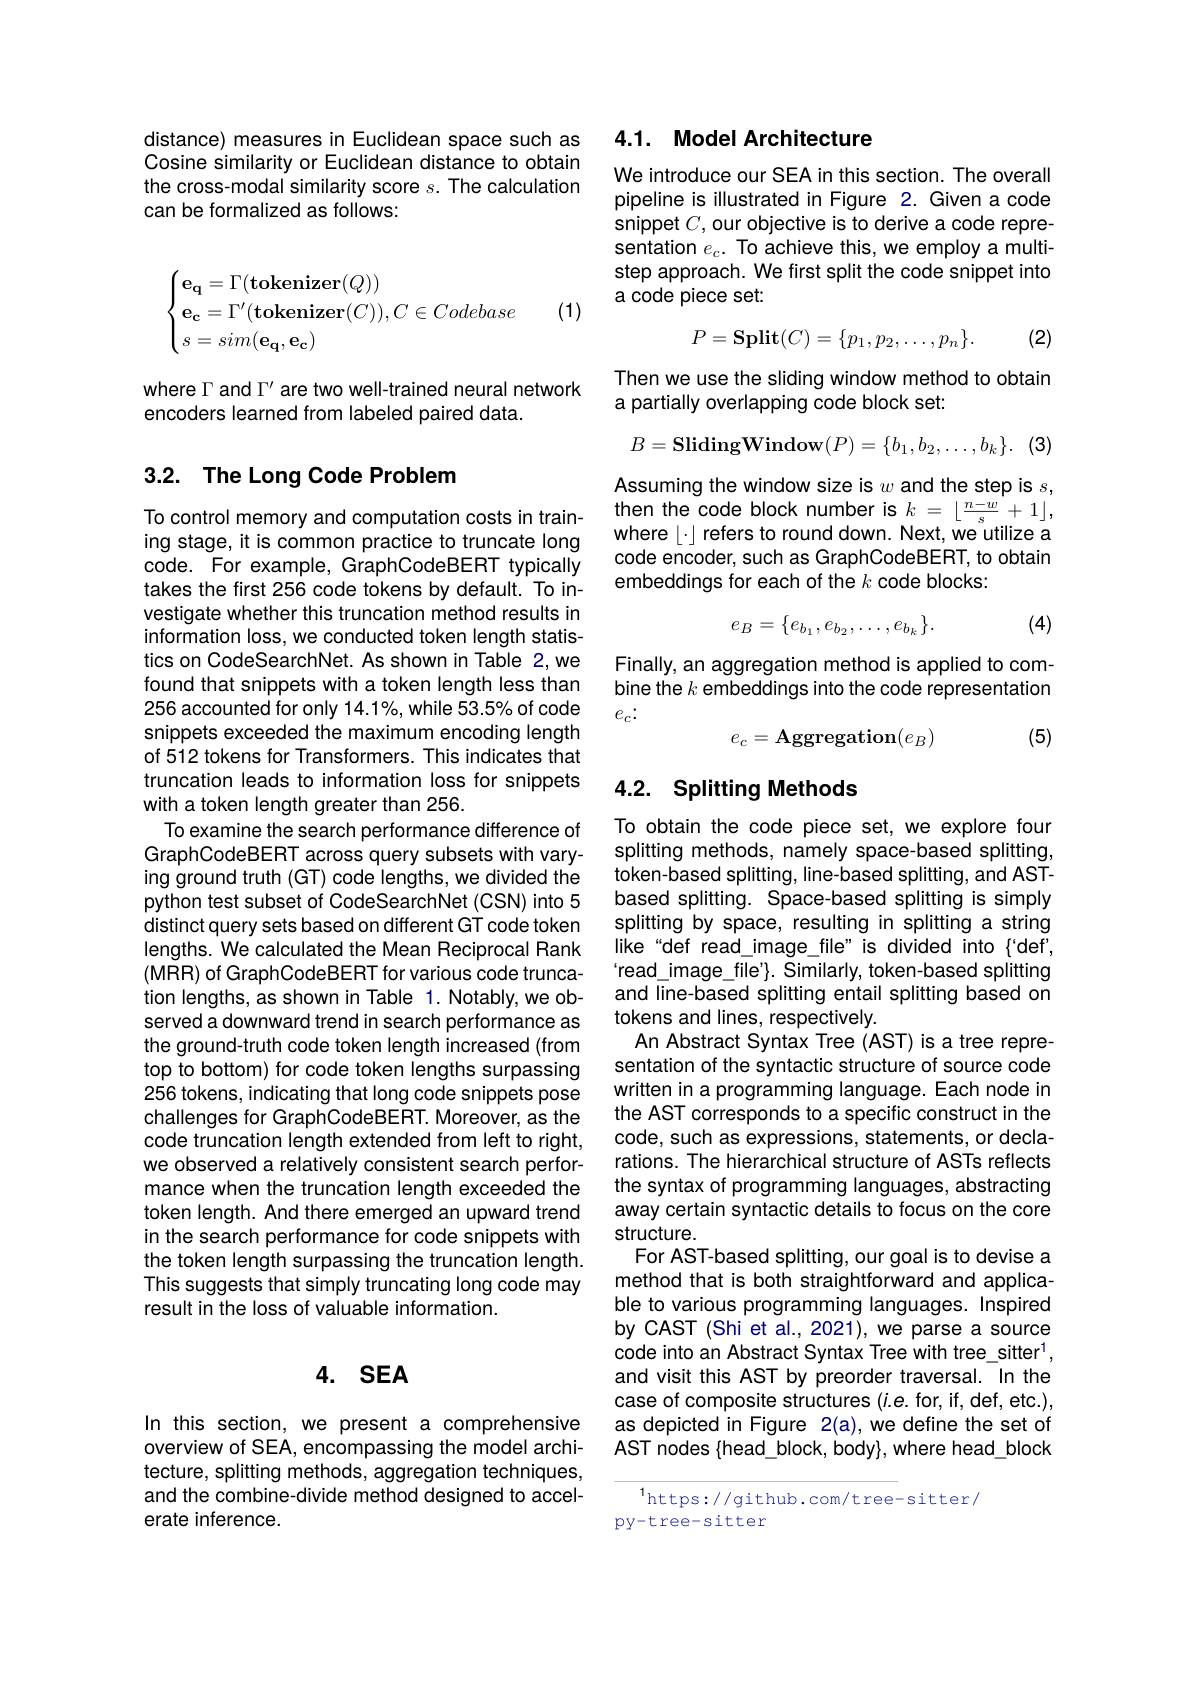
distance) measures in Euclidean space such as Cosine similarity or Euclidean distance to obtain the cross-modal similarity score $s.$ The calculation can be formalized as follows:
$$\begin{cases}\mathbf{e_q}=\Gamma(\mathbf{tokenizer}(Q))\\\mathbf{e_c}=\Gamma'(\mathbf{tokenizer}(C)),C\in Codebase\\s=sim(\mathbf{e_q},\mathbf{e_c})\end{cases}$$
(1)

where $\Gamma$ and $\Gamma^\prime$ are two well-trained neural network
encoders learned from labeled paired data.

# 3.2. The Long Code Problem

To control memory and computation costs in training stage, it is common practice to truncate long code. For example, GraphCodeBERT typically takes the first 256 code tokens by default. To investigate whether this truncation method results in information loss, we conducted token length statistics on CodeSearchNet. As shown in Table 2,we found that snippets with a token length less than 256 accounted for only 14.1%, while 53.5% of code snippets exceeded the maximum encoding length of 512 tokens for Transformers. This indicates that truncation leads to information loss for snippets with a token length greater than 256.
To examine the search performance difference of GraphCodeBERT across query subsets with varying ground truth (GT) code lengths, we divided the python test subset of CodeSearchNet (CSN) into 5 distinct query sets based on different GT code token lengths. We calculated the Mean Reciprocal Rank (MRR) of GraphCodeBERT for various code truncation lengths, as shown in Table 1. Notably, we observed a downward trend in search performance as the ground-truth code token length increased (from top to bottom) for code token lengths surpassing 256 tokens, indicating that long code snippets pose challenges for GraphCodeBERT. Moreover, as the code truncation length extended from left to right, we observed a relatively consistent search performance when the truncation length exceeded the token length. And there emerged an upward trend in the search performance for code snippets with the token length surpassing the truncation length. This suggests that simply truncating long code may result in the loss of valuable information.

### 4. $SEA$

In this section, we present a comprehensive overview of SEA, encompassing the model architecture, splitting methods, aggregation techniques, and the combine-divide method designed to accelerate inference.

## 4.1. Model Architecture

We introduce our SEA in this section. The overall pipeline is illustrated in Figure 2. Given a code snippet $C$, our objective is to derive a code representation $e_c.$ To achieve this, we employ a multistep approach. We first split the code snippet into a code piece set:
$$P=\mathbf{Split}(C)=\{p_1,p_2,\dots,p_n\}.$$
(2)

Then we use the sliding window method to obtain
a partially overlapping code block set:
$$B=\textbf{SlidingWindow}(P)=\{b_1,b_2,\dots,b_k\}.$$
(3)

Assuming the window size is $w$ and the step is $s$, then the code block number is $k=\lfloor\frac{n-w}{s}+1\rfloor$, where $\lfloor\cdot\rfloor$ refers to round down. Next, we utilize a code encoder, such as GraphCodeBERT, to obtain embeddings for each of the $k$ code blocks:

(4)
$$e_B=\{e_{b_1},e_{b_2},\dots,e_{b_k}\}.$$
Finally, an aggregation method is applied to combine the $k$ embeddings into the code representation $e_c{:}$
$$e_c=\mathbf{Aggregation}(e_B)$$
(5)

## 4.2. Splitting Methods

To obtain the code piece set, we explore four splitting methods, namely space-based splitting token-based splitting, line-based splitting, and ASTbased splitting. Space-based splitting is simply splitting by space, resulting in splitting a string like“def read\_image\_file”is divided into{'def', $read\_image\_file'\}. Similarly, token-based splitting$ and line-based splitting entail splitting based on tokens and lines, respectively.
An Abstract Syntax Tree (AST) is a tree representation of the syntactic structure of source code written in a programming language. Each node in the AST corresponds to a specific construct in the code, such as expressions, statements, or declarations. The hierarchical structure of ASTs reflects the syntax of programming languages, abstracting away certain syntactic details to focus on the core structure.
For AST-based splitting, our goal is to devise a method that is both straightforward and applicable to various programming languages. Inspired by CAST (Shi et al., 2021), we parse a source code into an Abstract Syntax Tree with tree\_sitter$^{1}$ and visit this AST by preorder traversal. In the case of composite structures (i.e. for, if, def, etc.), as depicted in Figure 2(a), we define the set of AST nodes {head\_block, body}, where head\_block

$^{1}$https://github.com/tree-sitter/
py-tree-sitter